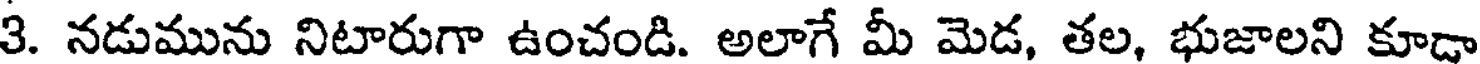
3. నడుమును నిటారుగా ఉంచండి. అలాగే మీ మెడ, తల, భుజాలని కూడా